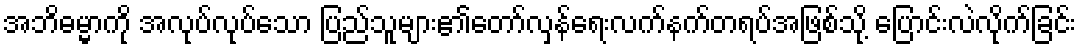
အဘိဓမ္မာကို အလုပ်လုပ်သော ပြည်သူများ၏တော်လှန်ရေးလက်နက်တရပ်အဖြစ်သို့ ပြောင်းလဲလိုက်ခြင်း